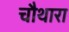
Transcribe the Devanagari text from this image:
चौथारा